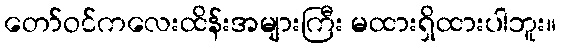
တော်ဝင်ကလေးထိန်းအများကြီး မထားရှိထားပါဘူး။